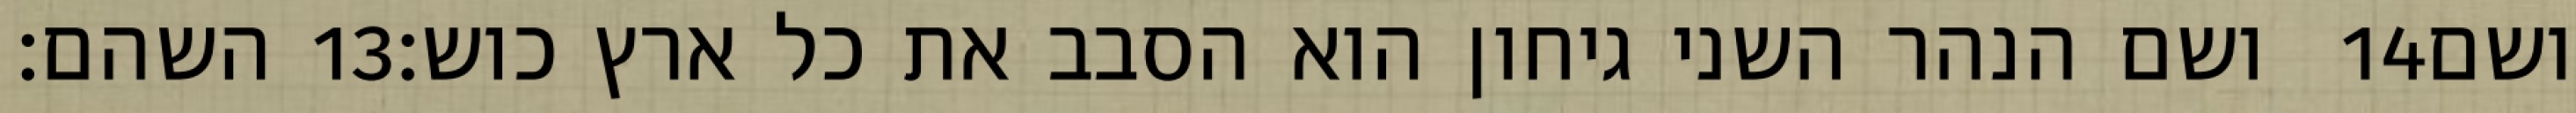
השהם׃ ‎13‏ ושם הנהר השני גיחון הוא הסבב את כל ארץ כוש׃ ‎14‏ ושם